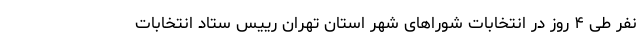
نفر طی ۴ روز در انتخابات شوراهای شهر استان تهران رییس ستاد انتخابات